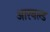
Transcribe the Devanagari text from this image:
आरनल्‍ड